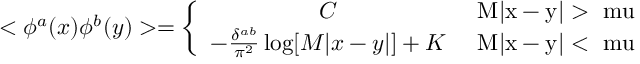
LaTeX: < \phi ^ { a } ( x ) \phi ^ { b } ( y ) > = \left\{ \begin{array} { c c } { { C } } & { { \mathrm { ~ M | x - y | > \ m u ~ } } } \\ { { - \frac { \delta ^ { a b } } { \pi ^ { 2 } } \log [ M | x - y | ] + K } } & { { \mathrm { ~ M | x - y | < \ m u ~ } } } \end{array} \right.